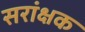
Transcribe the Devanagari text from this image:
सरांक्षक